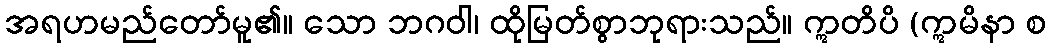
အရဟမည်တော်မူ၏။ သော ဘဂဝါ၊ ထိုမြတ်စွာဘုရားသည်။ ဣတိပိ (ဣမိနာ စ